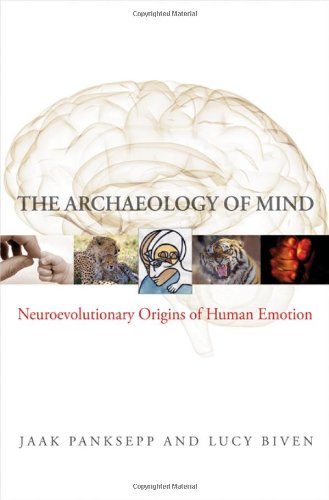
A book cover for The Archaeology of Mind: Neuroevolutionary Origins of Human Emotions (Norton Series on Interpersonal Neurobiology); Jaak Panksepp; Medical Books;